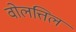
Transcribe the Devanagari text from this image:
वोलत्तिल